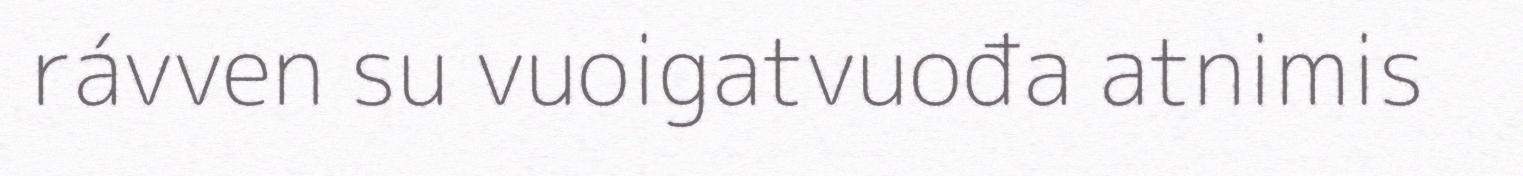
rávven su vuoigatvuođa atnimis